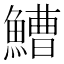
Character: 鰽